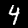
Digit: 4